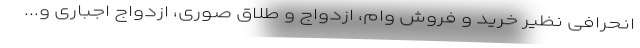
انحرافی نظیر خرید و فروش وام، ازدواج و طلاق صوری، ازدواج اجباری و...